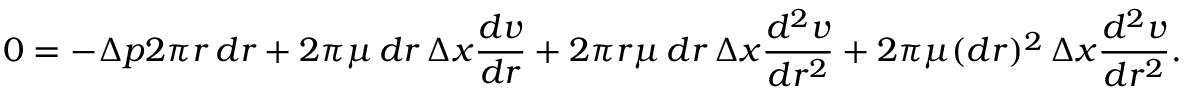
0 = - \Delta p 2 \pi r \, d r + 2 \pi \mu \, d r \, \Delta x { \frac { d v } { d r } } + 2 \pi r \mu \, d r \, \Delta x { \frac { d ^ { 2 } v } { d r ^ { 2 } } } + 2 \pi \mu ( d r ) ^ { 2 } \, \Delta x { \frac { d ^ { 2 } v } { d r ^ { 2 } } } .